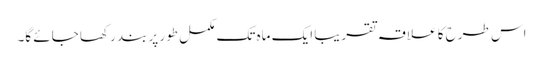
اس طرح کا علاقہ تقریبا ایک ماہ تک مکمل طور پر بند رکھا جائے گا۔